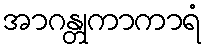
အာဂန္တုကာကာရံ